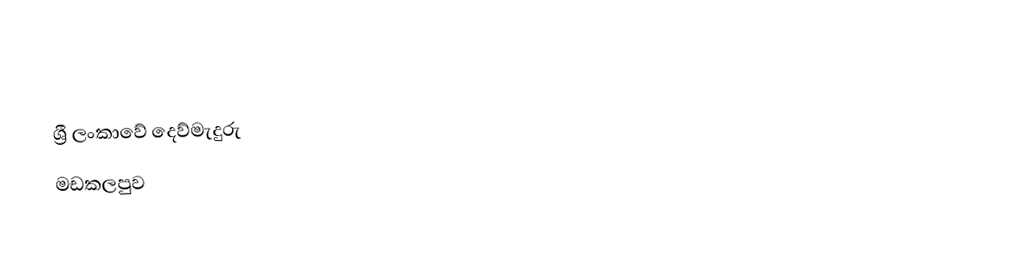
ශ්‍රී ලංකාවේ දෙව්මැදුරු
මඩකලපුව